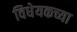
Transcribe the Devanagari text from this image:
विधेयकच्या